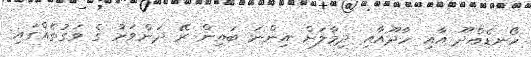
ހޯނޑެއްދޫ އާއި ހާދޫއާއި ދިމާލަށް އިންނަ ބައިން ރޭ ދަންވަރު ގެ ވަގުތެއްގައި